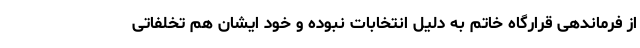
از فرماندهی قرارگاه خاتم به دلیل انتخابات نبوده و خود ایشان هم تخلفاتی